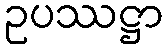
ဥပဿဋ္ဌာ